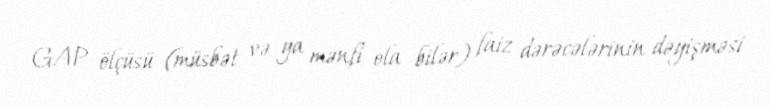
GAP ölçüsü (müsbət və ya mənfi ola bilər) faiz dərəcələrinin dəyişməsi